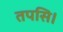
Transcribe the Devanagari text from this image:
तपसि।